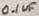
Text: 0.1uF